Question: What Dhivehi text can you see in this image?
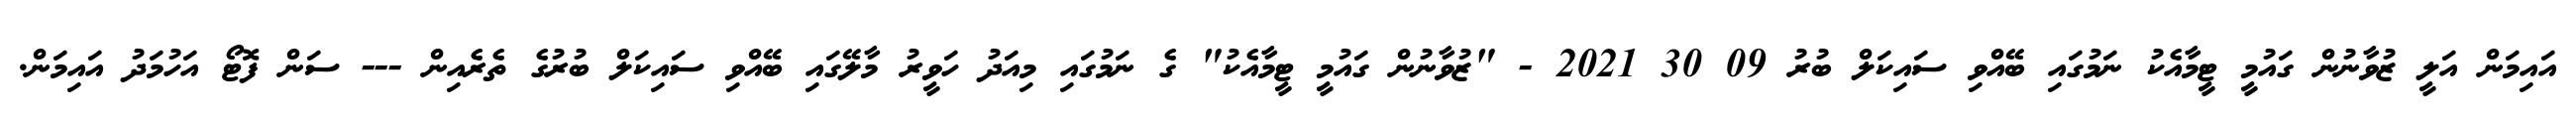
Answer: އައިމަން އަލީ ޒުވާނުން ގައުމީ ޓީމާއެކު ނަމުގައި ބޭއްވި ސައިކަލް ބުރު 09 30 2021 - "ޒުވާނުން ގައުމީ ޓީމާއެކު" ގެ ނަމުގައި މިއަދު ހަވީރު މާލޭގައި ބޭއްވި ސައިކަލް ބުރުގެ ތެރެއިން --- ސަން ފޮޓޯ އަހުމަދު އައިމަން.